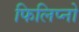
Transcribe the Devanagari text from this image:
फिलिप्नो